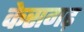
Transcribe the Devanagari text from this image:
केसगढ़